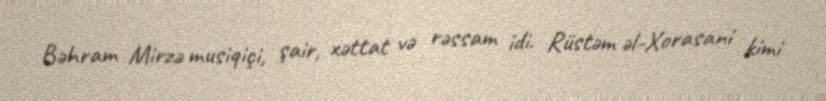
Bəhram Mirzə musiqiçi, şair, xəttat və rəssam idi. Rüstəm əl-Xorasani kimi